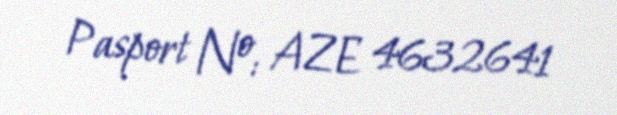
Pasport №: AZE 4632641